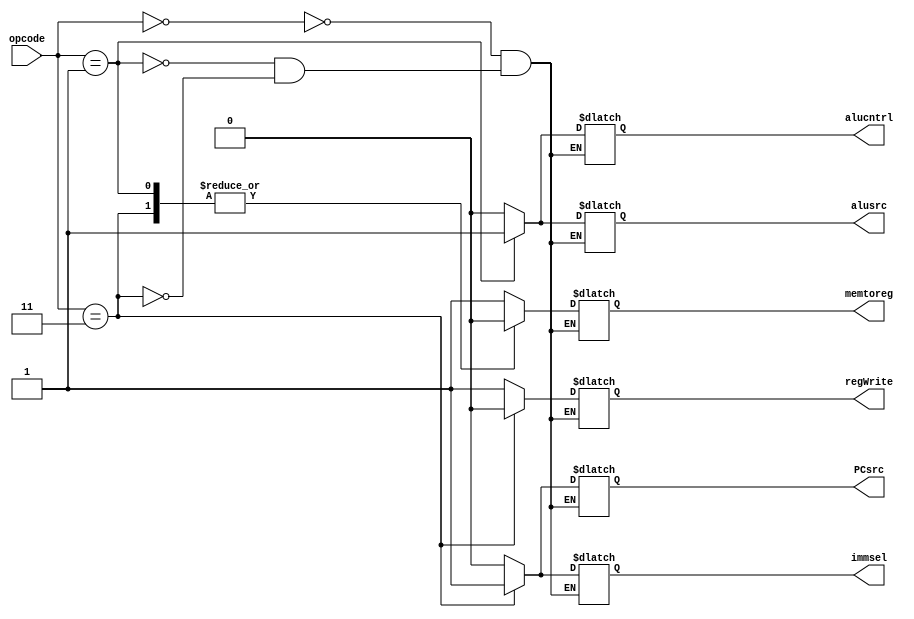
`timescale 1ns / 1ps
//////////////////////////////////////////////////////////////////////////////////
// Company: 
// Engineer: 
// 
// Design Name: 
// Module Name: ControlUnit
// Project Name: 
// Target Devices: 
// Tool Versions: 
// Description: 
// 
// Dependencies: 
// 
// Revision:
// Revision 0.01 - File Created
// Additional Comments:
// 
//////////////////////////////////////////////////////////////////////////////////


module control_unit(
   
    input[1:0] opcode,
    output reg alucntrl,
    output reg alusrc,
    output reg regWrite,
    output reg immsel,
    output reg memtoreg,
    output reg PCsrc

    );
    
     //wire funct_7 = funct7[6];
    
    always@(*)
     begin
       case(opcode)
        2'b00 : begin alucntrl = 0;
                      alusrc = 0;
                      regWrite = 1;
                     memtoreg = 1;
                     immsel = 0;
                     PCsrc = 0;      
                     end         //MOV operation 
        2'b01 : begin alucntrl = 1; //SLL operation
                      alusrc = 1;
                      regWrite = 1;
                      memtoreg = 0;
                      immsel = 0;
                      PCsrc = 0;
                     end 
        2'b11 : begin alucntrl = 0; //J operation 
                      alusrc = 0;
                      regWrite = 0;
                     memtoreg = 0;
                     immsel = 1;
                     PCsrc = 1;
                     end
                    
        /*6'b000010 : begin alucntrl = 3'b011; //srl operation
                     ALUsrc = 1; 
                 memtoreg = 0;
                 immsel = 0;
                   end   
        6'b100010 : begin alucntrl = 3'b100; // subract operation
                     ALUsrc = 0; 
                     memtoreg = 0;
                     immsel = 0; 
                     end
        6'b100000 : begin alucntrl = 3'b101; // add operation
                     ALUsrc = 0; 
                    memtoreg = 0;
                   immsel = 0;
                   end
        default: begin 
                  ALUsrc = 1;
                  memtoreg = 1;
                   immsel = 1;
                  end */
       endcase
      end
   
endmodule